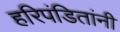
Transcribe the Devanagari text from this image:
हरिपंडितांनी